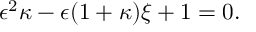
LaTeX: \epsilon ^ { 2 } \kappa - \epsilon ( 1 + \kappa ) \xi + 1 = 0 .